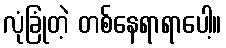
လုံခြုံတဲ့ တစ်နေရာရာပေါ့။